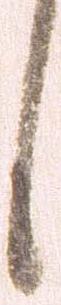
し